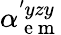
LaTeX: \alpha_{\mathrm{~e~m~}}^{'yzy}